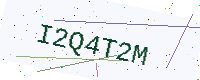
Text: I2Q4T2M